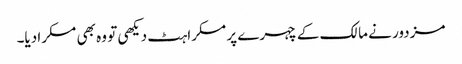
مزدور نے مالک کے چہرے پر مسکراہٹ دیکھی تو وہ بھی مسکرا دیا۔